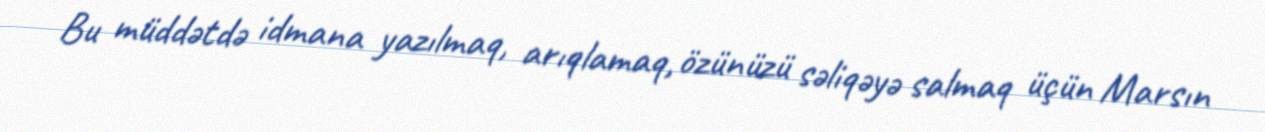
Bu müddətdə idmana yazılmaq, arıqlamaq, özünüzü səliqəyə salmaq üçün Marsın